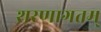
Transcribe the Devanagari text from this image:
शरणागतम्‌